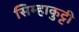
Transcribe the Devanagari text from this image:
सिम्हाकुट्टी